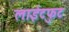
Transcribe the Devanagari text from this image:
लाईटफुट